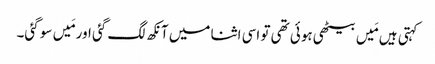
کہتی ہیں مَیں بیٹھی ہوئی تھی تو اسی اثنا میں آنکھ لگ گئی اور مَیں سو گئی۔